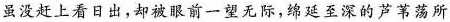
虽没赶上看日出，却被眼前一望无际，绵延至深的芦苇荡所